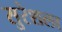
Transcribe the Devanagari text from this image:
सुरेशला